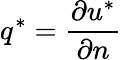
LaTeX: q^{*}=\frac{\partial u^{*}}{\partial n}